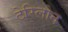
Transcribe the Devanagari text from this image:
टेरिलोन